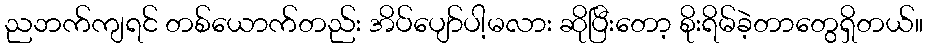
ညဘက်ကျရင် တစ်ယောက်တည်း အိပ်ပျော်ပါ့မလား ဆိုပြီးတော့ စိုးရိမ်ခဲ့တာတွေရှိတယ်။